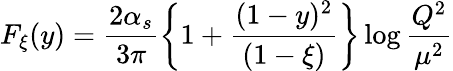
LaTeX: F_{\xi}(y)=\frac{2\alpha_{s}}{3\pi}\left\{ 1+\frac{(1-y)^{2}}{(1-\xi)}\right\} \log\frac{Q^{2}}{\mu^{2}}